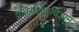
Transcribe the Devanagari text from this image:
प्रतिरक्षितविज्ञान